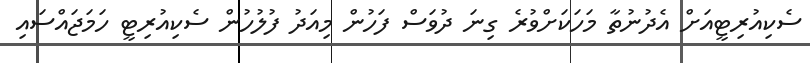
ސެކިއުރިޓީއަށް އެދުނުތާ މަހަކަށްވުރެ ގިނަ ދުވަސް ފަހުން މިއަދު ފުލުހުން ސެކިއުރިޓީ ހަމަޖައްސައި